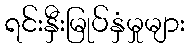
ရင်းနှီးမြုပ်နှံမှုများ